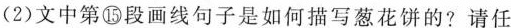
(2)文中第段画线句子是如何描写葱花饼的? 请任